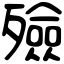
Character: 殮